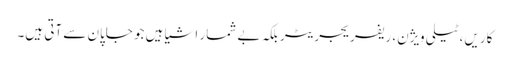
کاریں، ٹیلی ویژن، ریفریجریٹر بلکہ بے شمار اشیا ہیں جو جاپان سے آتی ہیں۔